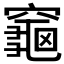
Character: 𪚨